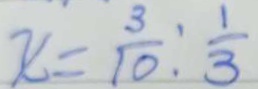
x = \frac { 3 } { 1 0 } : \frac { 1 } { 3 }